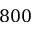
8 0 0